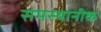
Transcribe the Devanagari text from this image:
समस्थानीक